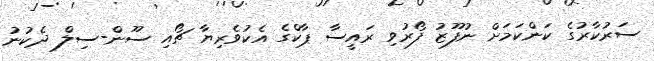
ސަރުކާރުގެ ކަންކަމަށް ނުފޫޒު ފޯރުވި ރައީސާ ޕާކްގެ އެކުވެރިޔާ ޗޯއި ސޫން-ސިލް ދެކުނު